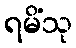
ရမိံသု